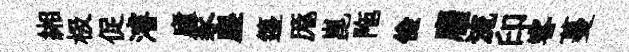
緗极促濬廬豕塵籩厖崑陁儉麕流印客蔓